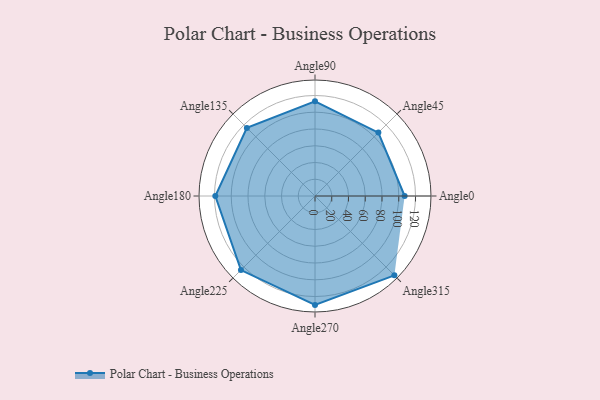
{"axis": {"x": "Angle", "y": "Radius"}, "legend": [""], "data": [{"x": "Angle0", "y": 107.0, "type": ""}, {"x": "Angle45", "y": 107.0, "type": ""}, {"x": "Angle90", "y": 113.0, "type": ""}, {"x": "Angle135", "y": 115.0, "type": ""}, {"x": "Angle180", "y": 119.0, "type": ""}, {"x": "Angle225", "y": 125.0, "type": ""}, {"x": "Angle270", "y": 130.0, "type": ""}, {"x": "Angle315", "y": 134.0, "type": ""}]}